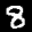
Label: 8